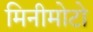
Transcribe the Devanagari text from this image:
मिनीमोटो